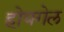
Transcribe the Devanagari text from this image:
होयगेल